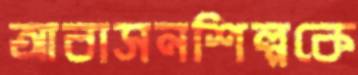
আবাসনশিল্পকে